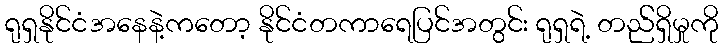
ရုရှနိုင်ငံအနေနဲ့ကတော့ နိုင်ငံတကာရေပြင်အတွင်း ရုရှရဲ့ တည််ရှိမှုကို